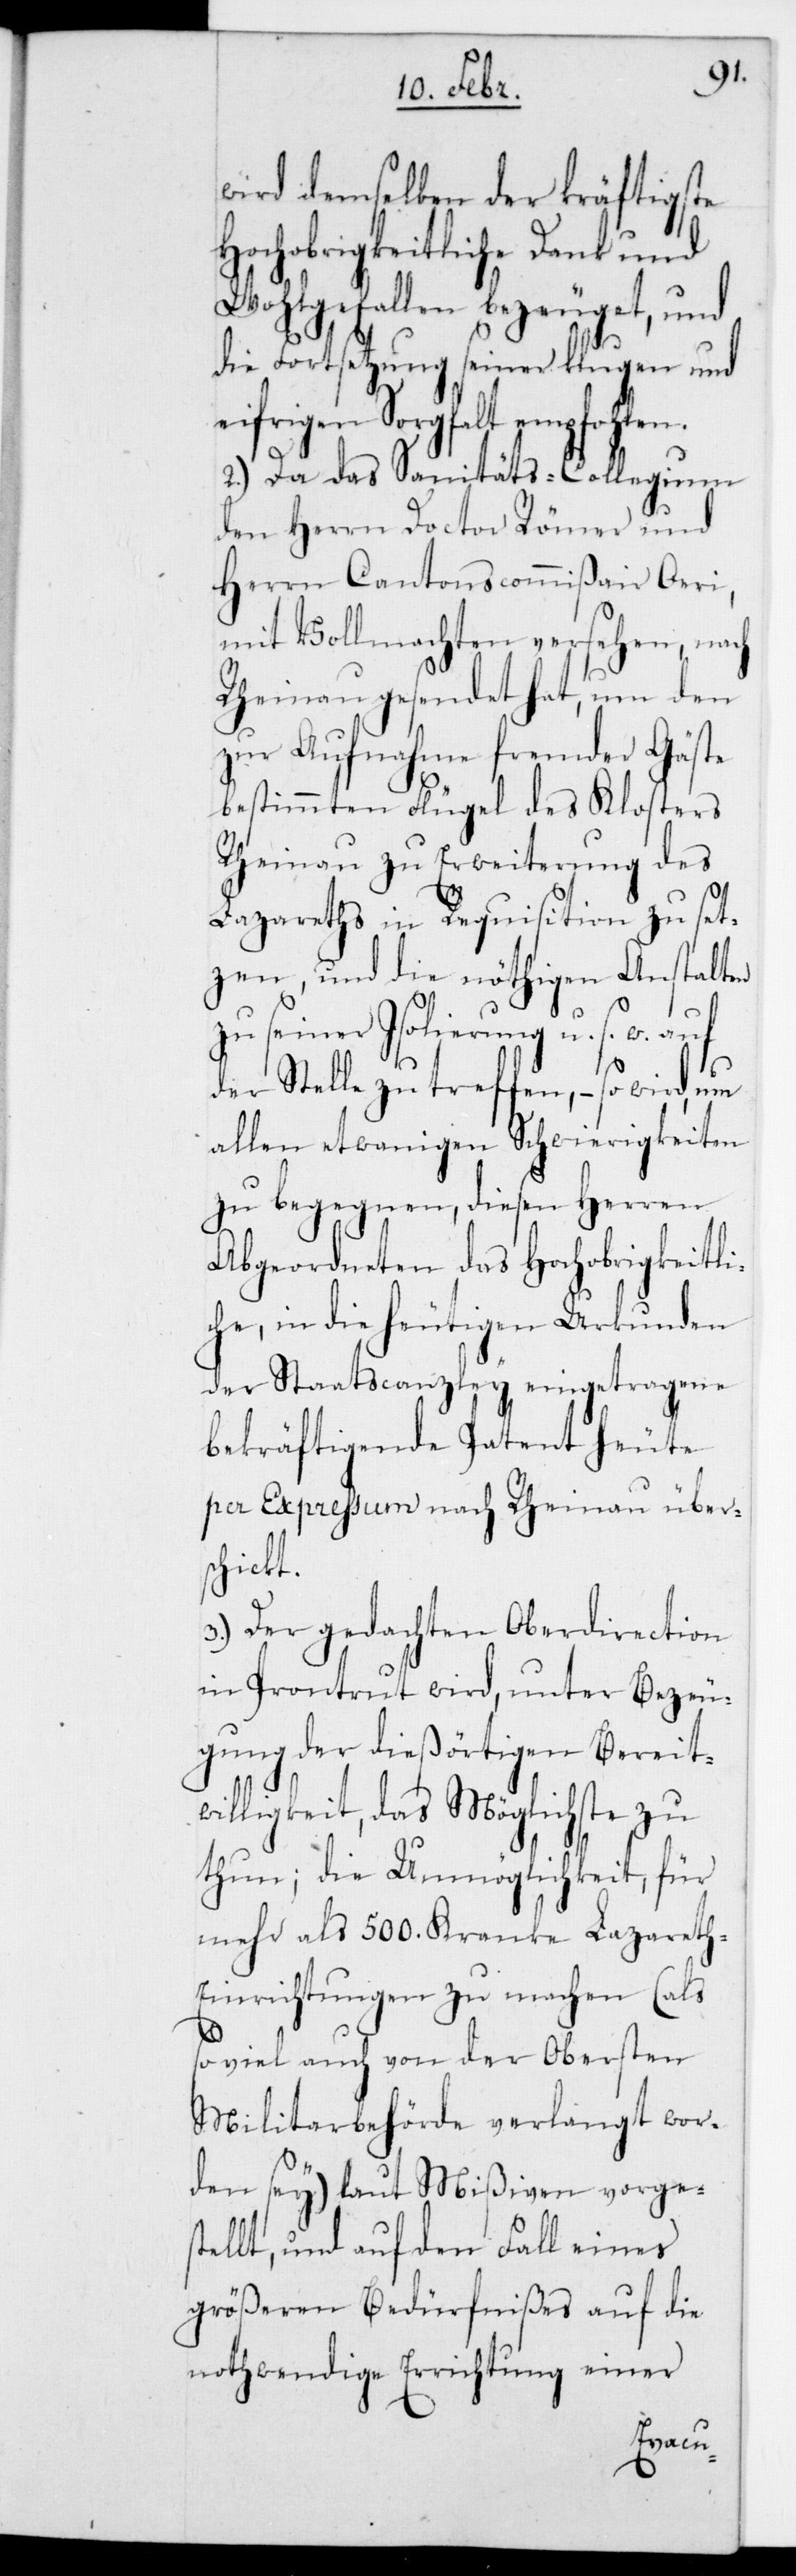
wird demselben der kräftigste
Hochobrigkeitliche Dank und
Wohlgefallen bezeuget, und
die Fortsetzung seiner klugen und
eifrigen Sorgfalt empfohlen.
2.) Da das Sanitäts-Collegium
den Herrn Doctor Römer und
Herrn Cantonscommißair Öri,
mit Vollmachten versehen, nach
Rheinau gesendet hat, um den
zur Aufnahme fremder Gäste
bestimmten Flügel des Klosters
Rheinau zu Erweiterung des
Lazareths in Requisiton zu set¬
zen, und die nöthigen Anstalten
seiner Isolierung u. s. w.
der Stelle zu treffen, – so wird, um
allen etwannigen Schwierigkeiten
zu begegnen, diesen Herren
Abgeordneten das Hochobrigkeitli¬
che, in die heutigen Urkunden
der Staatscanzley eingetragene
bekräftigende Patent heute
per Expreßum nach Rheinau über¬
schickt.
3.) Der gedachten Oberdirection
in Porrentruy wird unter Bezeu¬
gung der diesörtigen Bereit¬
willigkeit, das Möglichste zu
thun; die Unmöglichkeit für
mehr als 500. Kranke Lazareth-E¬
inrichtungen zu machen (als
so viel auch von der obersten
Militairbehörde verlangt wor¬
den sei) laut Mißiven vorges¬
tellt, und auf den Fall eines
größeren Bedürfnißes auf die
nothwendige Errichtung einer